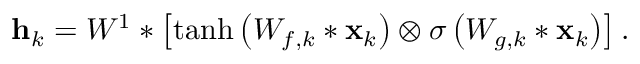
{ \bf h } _ { k } = W ^ { 1 } * \left[ \operatorname { t a n h } \left( W _ { f , k } * { \mathbf { x } } _ { k } \right) \otimes \sigma \left( W _ { g , k } * { \mathbf { x } } _ { k } \right) \right] .